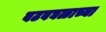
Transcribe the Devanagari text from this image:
वटवघळाच्या